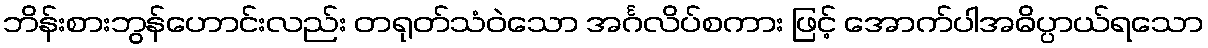
ဘိန်းစားဘွန်ဟောင်းလည်း တရုတ်သံဝဲသော အင်္ဂလိပ်စကား ဖြင့် အောက်ပါအဓိပ္ပာယ်ရသော